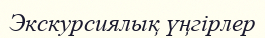
Экскурсиялық үңгірлер